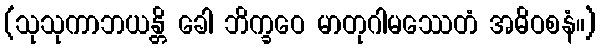
(သုသုကာဘယန္တိ ခေါ ဘိက္ခဝေ မာတုဂါမဿေတံ အဓိဝစနံ။)